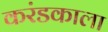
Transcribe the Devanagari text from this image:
करंडकाला